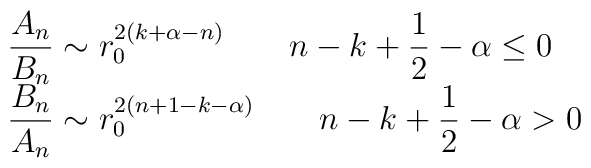
\begin{array}{l}  \displaystyle{\frac{A_n}{B_n}}\sim r_0^{2\left(k+\alpha-n\right)}  \qquad n-k+\frac{1}{2}-\alpha \leq 0 \\  \displaystyle{\frac{B_n}{A_n}}\sim r_0^{2\left(n+1-k-\alpha\right)}  \qquad n-k+\frac{1}{2}-\alpha> 0\end{array}